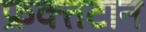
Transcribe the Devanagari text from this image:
फ्रक्तटान